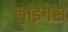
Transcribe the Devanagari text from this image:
लाइगेस